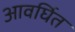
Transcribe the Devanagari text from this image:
आवर्घित